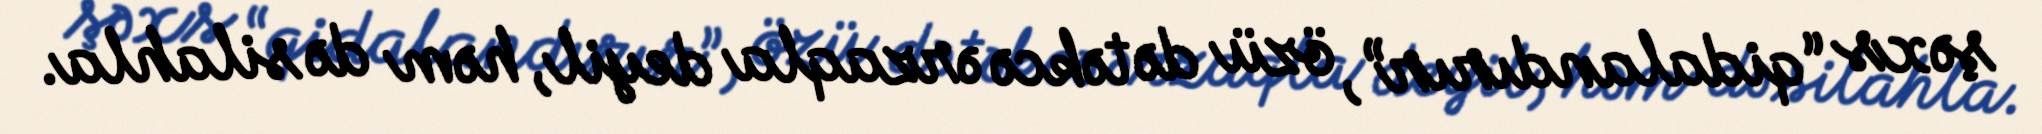
şəxs “qidalandırır”, özü də təkcə ərzaqla deyil, həm də silahla.